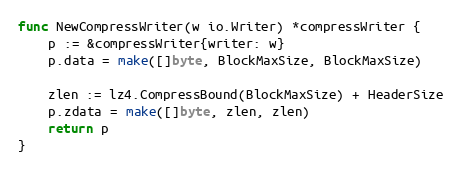
Language: Go
func NewCompressWriter(w io.Writer) *compressWriter {
	p := &compressWriter{writer: w}
	p.data = make([]byte, BlockMaxSize, BlockMaxSize)

	zlen := lz4.CompressBound(BlockMaxSize) + HeaderSize
	p.zdata = make([]byte, zlen, zlen)
	return p
}